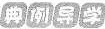
典例导学